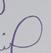
Signature authenticity: genuine